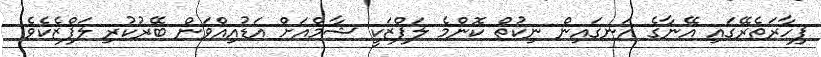
ފިހާރަތެރޭގައި އޭނާގެ އަނގައިން ނިކުތް ކޮންމެ ލަފްޒަކީ ޝާމްއަށް އަޑުއިއްވަން ބޭރުކުރި ލަފްޒެކެވެ.